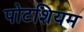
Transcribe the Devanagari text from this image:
पोटशियम